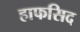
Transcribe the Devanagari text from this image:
हाफसिद